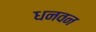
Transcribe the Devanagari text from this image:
धनवन